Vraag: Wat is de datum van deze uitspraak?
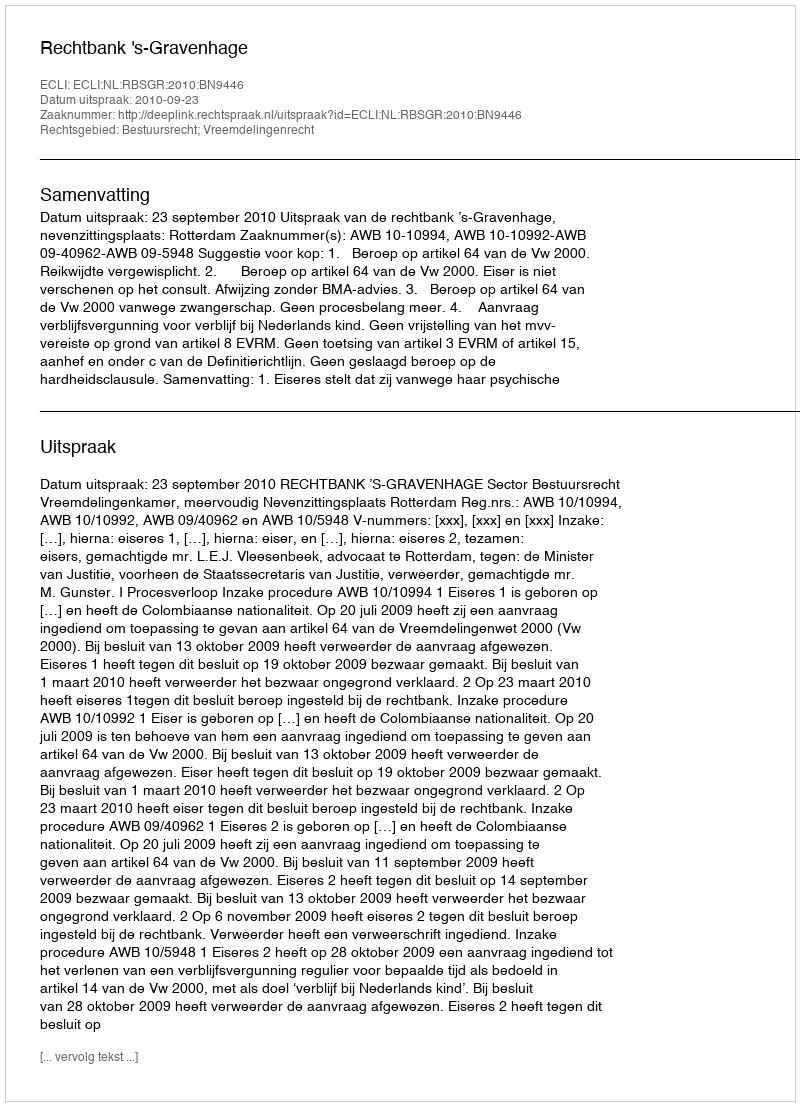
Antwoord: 2010-09-23